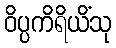
ဝိပ္ပကိရိယိံသု